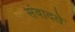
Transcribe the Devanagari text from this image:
संवादते